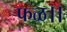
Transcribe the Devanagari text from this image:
फळ।।